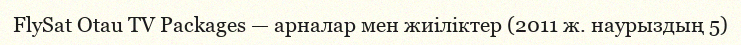
FlySat Otau TV Packages — арналар мен жиіліктер (2011 ж. наурыздың 5)